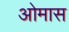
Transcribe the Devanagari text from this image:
ओमास